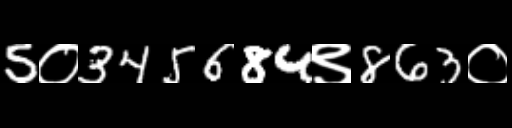
Text: 5०345684९863०